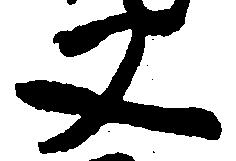
又